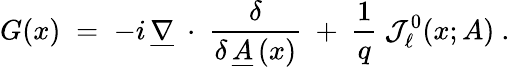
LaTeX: G(x)\; =\; -i\, \underline{{{\nabla}}}~\cdot~\frac{\delta}{\delta\, \underline{{{A}}}\, (x)}~+~\frac 1q\ {\mathcal J}_{\ell}^{0}(x;A)~.